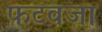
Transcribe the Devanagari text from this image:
फटवजा